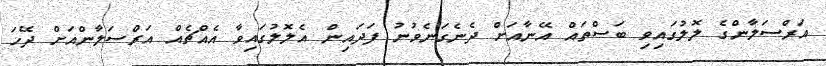
އަރްސަލާންގެ ލޮލުގައިވި ބަސްތައް އޭނާއަށް ދެނެގަނެވުނު ފަދައިން އެލޮލުގައިވާ އެއްޗެއް އަރްސަލާންއަށް ދޭހަ